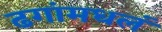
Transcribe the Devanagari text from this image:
ढगांमधलं